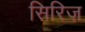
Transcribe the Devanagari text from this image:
सिरिज़